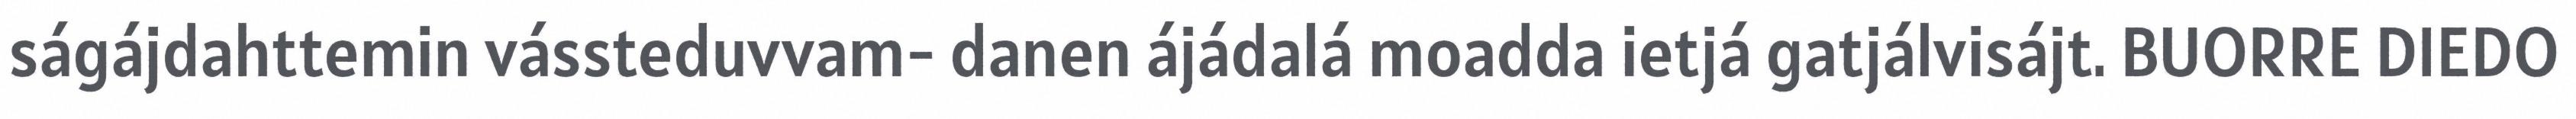
ságájdahttemin vássteduvvam- danen ájádalá moadda ietjá gatjálvisájt. BUORRE DIEDO